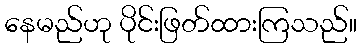
နေမည်ဟု ပိုင်းဖြတ်ထားကြသည်။